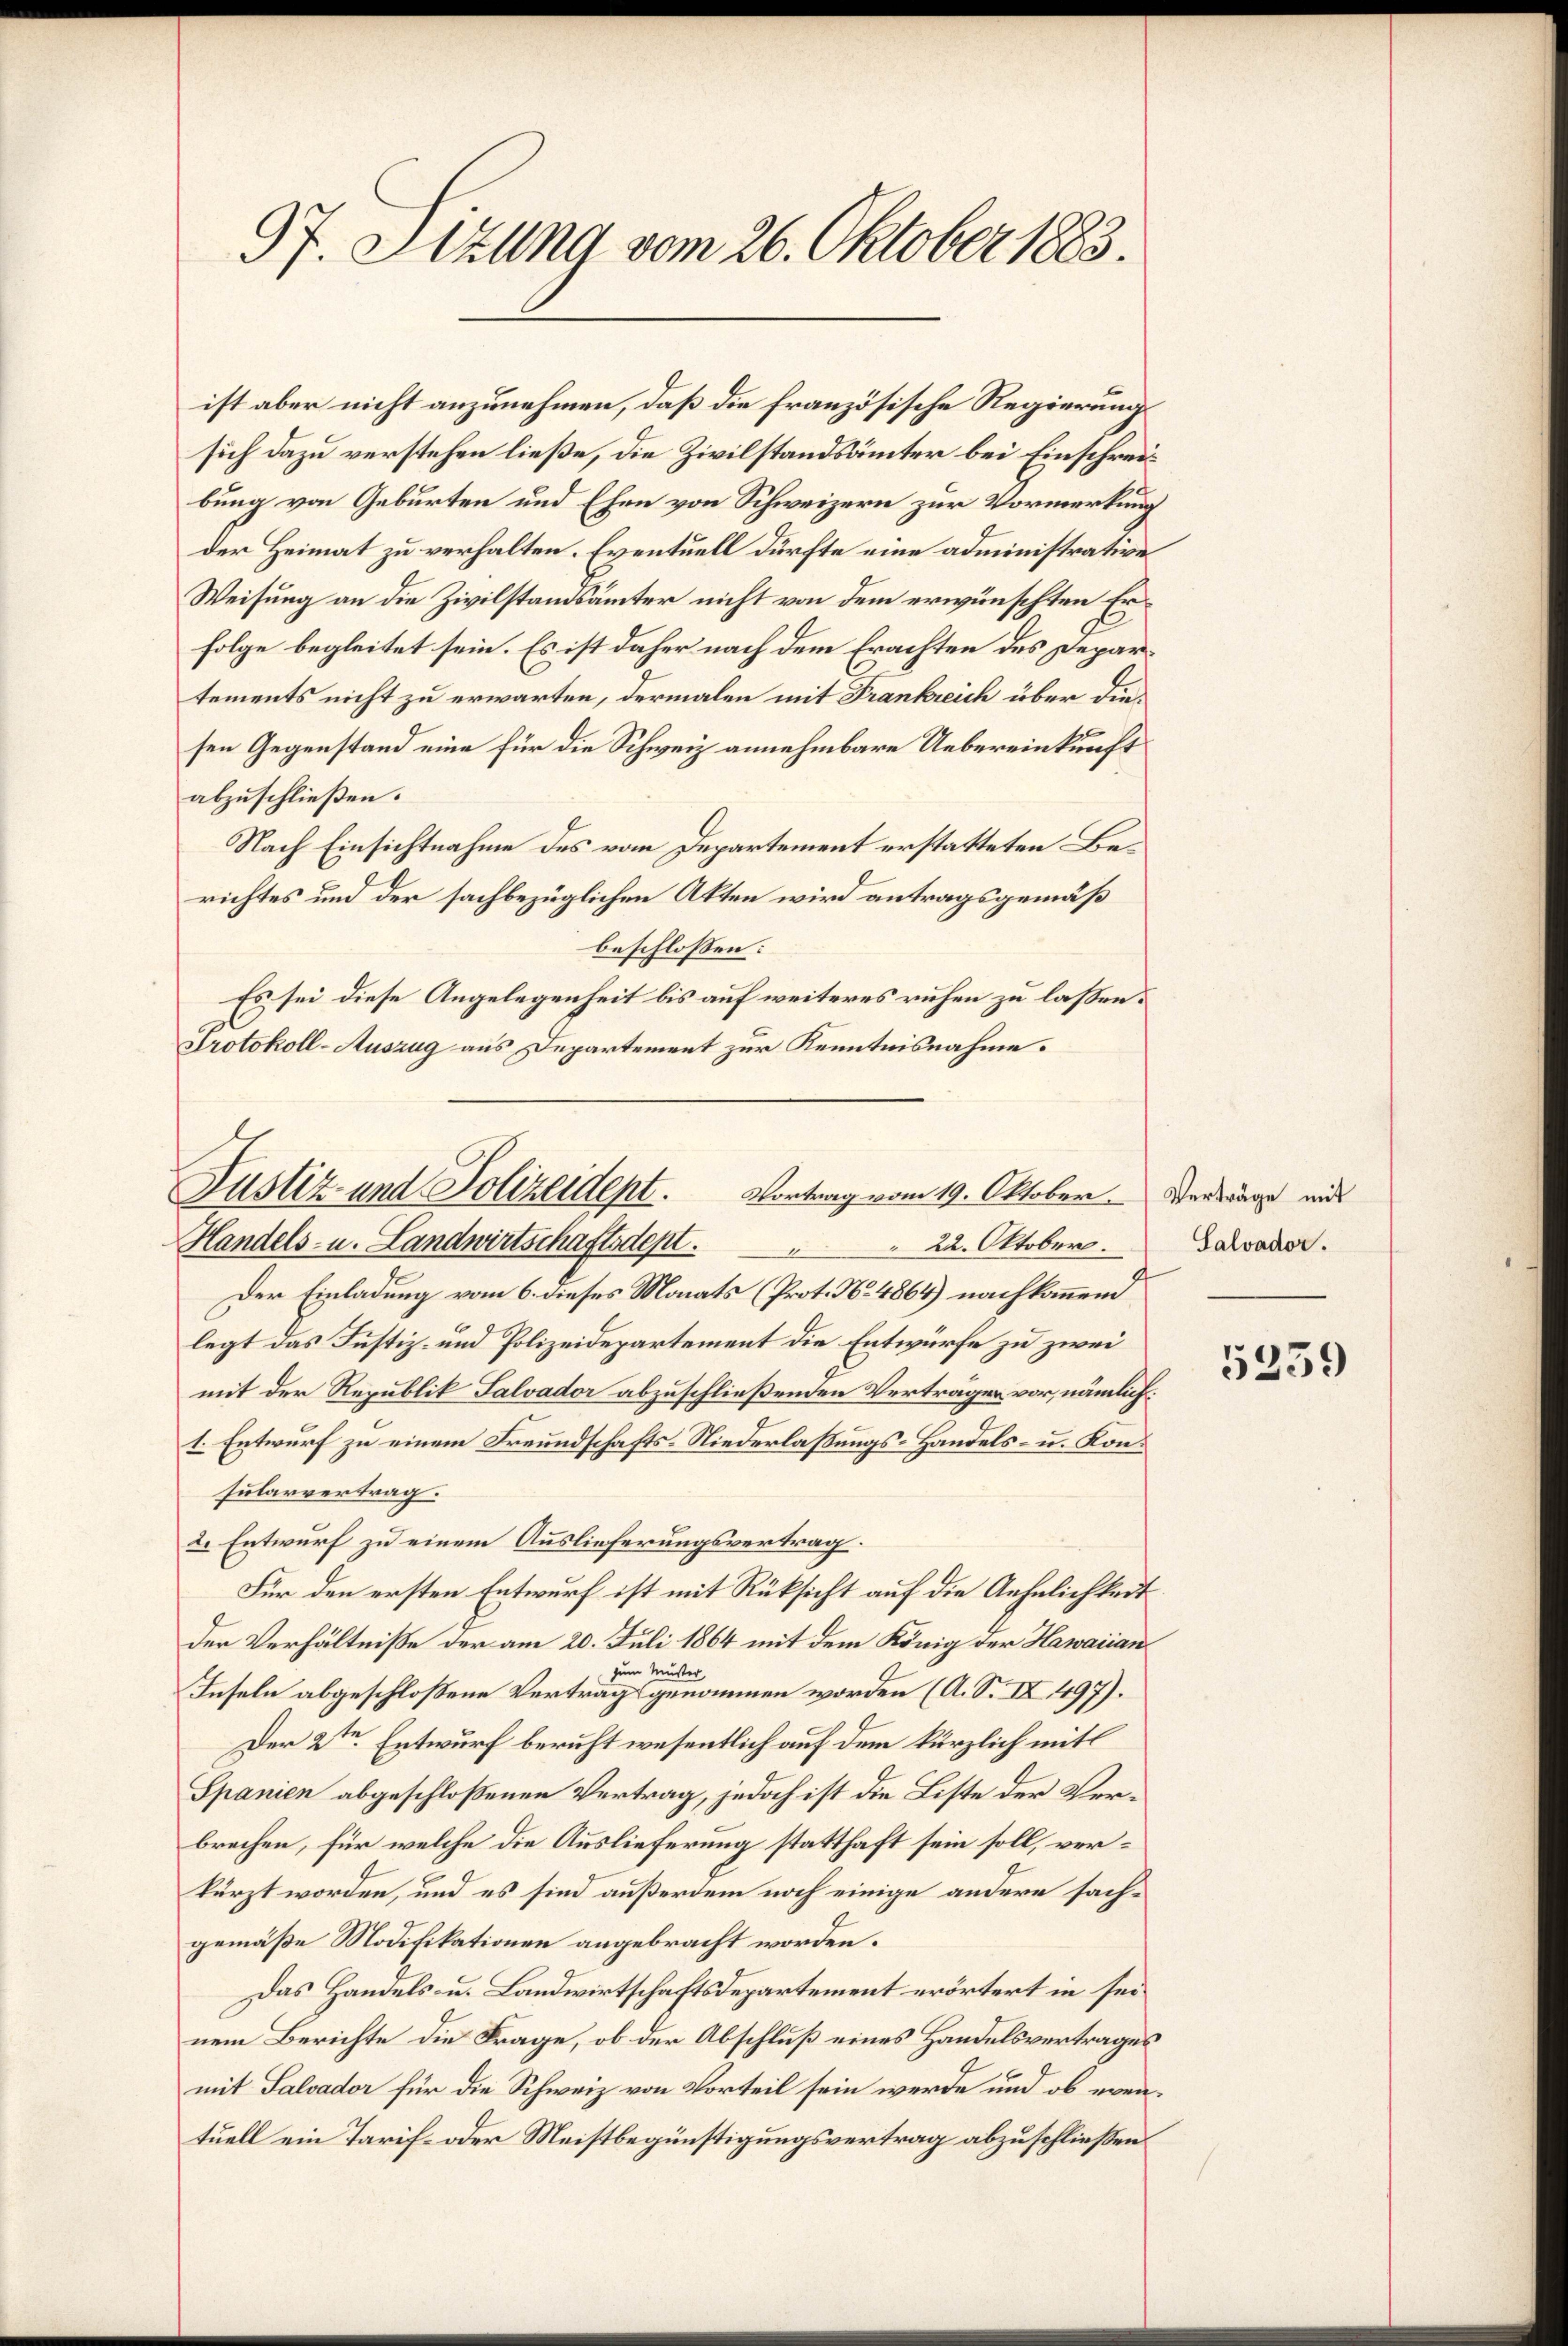
97. Sizung vom 26. Oktober 1883.

ist aber nicht anzunehmen, daß die französische Regierungssich dazu verstehen ließe, die Zivilstandsämter bei Einschreib
bung von Geburten und Ehen von Schweizern zur Vormerkung
der Heimat zu verhalten. Eventuell dürfte eine administrative
Weisung an die Zivilstandsämter nicht von dem erwünschten Erfolge begleitet sein. Es ist daher nach dem Erachten des Departements nicht zu erwarten, dermalen mit Frankreich über die
sen Gegenstand eine für die Schweiz annehmbare Uebereinkunft
abzuschließen.
Nach Einsichtnahme des vom Departement erstatteten Berichtes und der sachbezüglichen Akten wird antragsgemäß
beschlossen:
Es sei diese Angelegenheit bis auf weiteres ruhen zu laßen.
Protokoll-Auszug aus Departement zur Kenntnisnahme.

Justiz und Polizeident.
Vortrag vom 19. Oktober. Verträge mit
Handels- u. Landwirtschaftsdept.
 22. Oktober.
1

Der Einladung vom 6. dieses Monats (Prot. No. 4864) nachkommen
legt das Justiz- und Polizeidepartement die Entwürfe zu zwei
mit der Republik Salvador abzuschließenden Verträgen vor, nämlich:
1. Entwurf zu einem Freundschafts-Niederlaßungs-Handels- u. Konsularvertrag.
2. Entwurf zu einem Auslieferungsvertrag.
Für den ersten Entwurf ist mit Rüksicht auf die Aehnlichkeit
der Verhältniße der am 20. Juli 1864 mit dem König der Hawarian
zum Muster,
Inseln abgeschloßene Vertrag genommen worden (A. S. IX. 497).
Der 2ten Entwurf beruht wesentlich auf dem kürzlich mit
Spanien abgeschloßenen Vertrag, jedoch ist die Liste der Verbrechen, für welche die Auslieferung statthaft sein soll, verkürzt worden, und es sind außerdem noch einige andere sachgemäße Modifikationen angebracht worden.
Das Handels- u. Landwirtschaftsdepartement erörtert in seinem Berichte die Frage, ob der Abschluß eines Handelsvertrages
mit Salvador für die Schweiz von Vorteil sein werde und ob eventuell ein Tarif- oder Meistbegünstigungsvertrag abzuschließen.

Salvador.

5259